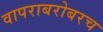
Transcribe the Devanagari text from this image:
वापराबरोबरच